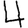
Digit: 4